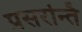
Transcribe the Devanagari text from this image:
प्रसरन्ति